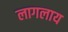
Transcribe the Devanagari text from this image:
लागलाय